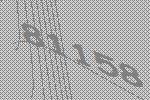
81158